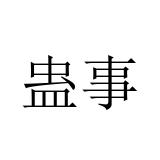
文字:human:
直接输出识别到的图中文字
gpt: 蛊事